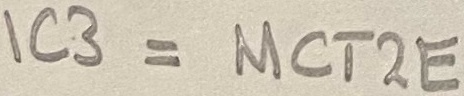
Text: IC3 = MCT2E